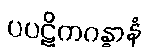
ပပဋိကဂန္ဓာနံ